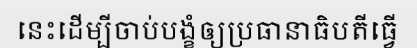
នេះដើម្បីចាប់បង្ខំឲ្យប្រធានាធិបតីធ្វើ